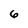
Character: 6